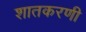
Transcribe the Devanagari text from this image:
शातकरणी